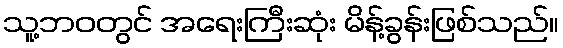
သူ့ဘဝတွင် အရေးကြီးဆုံး မိန့်ခွန်းဖြစ်သည်။